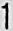
1